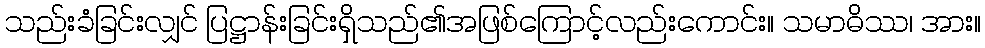
သည်းခံခြင်းလျှင် ပြဋ္ဌာန်းခြင်းရှိသည်၏အဖြစ်ကြောင့်လည်းကောင်း။ သမာဓိဿ၊ အား။